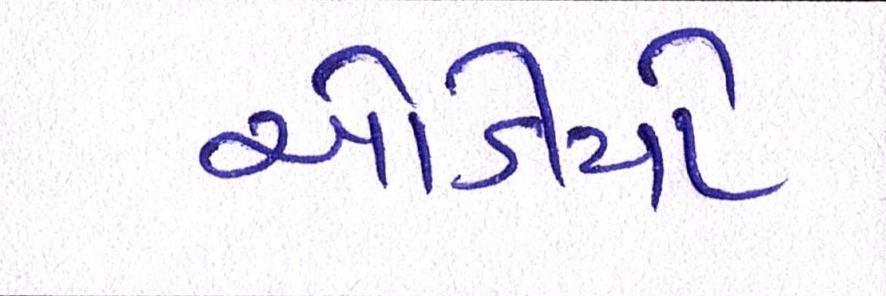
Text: ઓડીયો